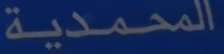
المحمدية